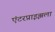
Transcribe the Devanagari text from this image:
एंटरप्राइझला